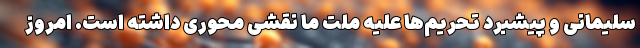
سلیمانی و پیشبرد تحریم‌ها علیه ملت ما نقشی محوری داشته است. امروز